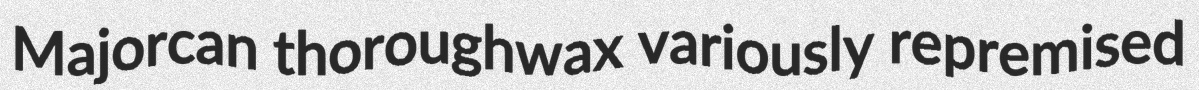
Majorcan thoroughwax variously repremised